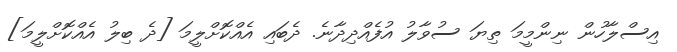
އިސްލާހުން ނިންމީމަ ތިޔަ ސުވާލު އުފެއްދިދާނެ. ދެބައި އެއްކޮށްލީމަ [ދެ ބިލު އެއްކޮށްލީމަ]